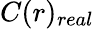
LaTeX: C(r)_{real}